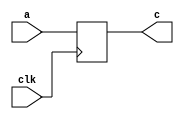
 // Blocking
module S4L1B(clk,a,c);
  input clk;
  input a;
  output c;
   
  wire clk;
  wire a;
  reg c;
  reg b;
    
 always @ (posedge clk )
 begin
	b = a; // Se contempla la expresin pero se ejecuta
	c = b; // Se contempla la expresin pero se ejecuta
			// Previo al "end" se sintenizan las expresiones y se ejecutan
 end    
 endmodule